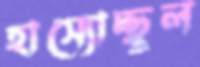
হাস্যোচ্ছ্বল